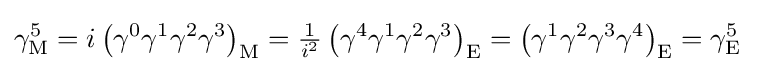
\gamma _{\mathrm {M} }^{5}=i\left(\gamma ^{0}\gamma ^{1}\gamma ^{2}\gamma ^{3}\right)_{\mathrm {M} }={\tfrac {1}{i^{2}}}\left(\gamma ^{4}\gamma ^{1}\gamma ^{2}\gamma ^{3}\right)_{\mathrm {E} }=\left(\gamma ^{1}\gamma ^{2}\gamma ^{3}\gamma ^{4}\right)_{\mathrm {E} }=\gamma _{\mathrm {E} }^{5}~